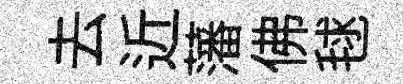
去近藩佛毬